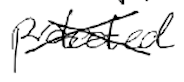
Text: protected
Cross-out: cross
Writing tool: digital_black